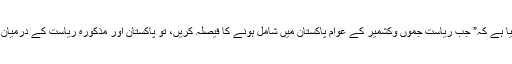
پاکستان کے ۱۹۷۳ آیین کے ارٹیکل ۲۵۷ میں بھی واضح طور پر لکھا گیا ہے کہ” جب ریاست جموں وکشمیر کے عوام پاکستان میں شامل ہونے کا فیصلہ کریں، تو پاکستان اور مذکورہ ریاست کے درمیان تعلقات مذکورہ ریاست کے عوام کی خواہشات کے مطابق متعین ہونگے۔